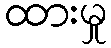
ထားမှု